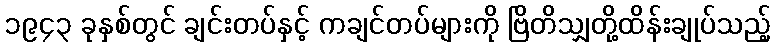
၁၉၄၃ ခုနှစ်တွင် ချင်းတပ်နှင့် ကချင်တပ်များကို ဗြိတိသျှတို့ထိန်းချုပ်သည့်